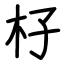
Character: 杍